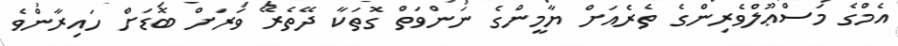
އެމްގެ މަސްޢޫލްވެރިންގެ ތެރެއަށް ޔާމީންގެ ނަންވަތް ގޮތަކާ ދޭތެރޭ ވަރަށް ބޮޑަށް ހައިރާންވެ